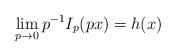
LaTeX: \begin{align*}\lim_{p\to 0} p^{-1} I_p(px) = h(x)\end{align*}